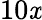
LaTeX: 10\mathit{x}